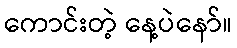
ကောင်းတဲ့ နေ့ပဲနော်။